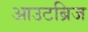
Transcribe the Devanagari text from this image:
आउटब्रिज